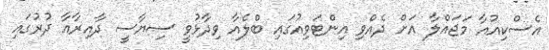
އެސްކިއުއާ މަޖައްލާ އަށް ދެއްވި އިންޓަވިއުގައި ބްލެއާ ވިދާޅުވީ ސިޔާސީ ދާއިރާއާ ދުރުގައި